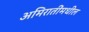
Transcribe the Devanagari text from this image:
अमिरातींमधील